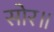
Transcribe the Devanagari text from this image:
सोर॥